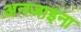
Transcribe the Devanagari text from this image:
अनजाइना